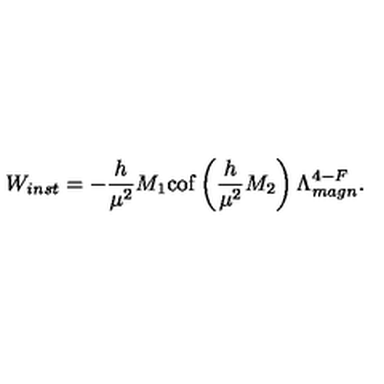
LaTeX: W _ { i n s t } = - \frac { h } { \mu ^ { 2 } } M _ { 1 } \mathrm { c o f } \left( \frac { h } { \mu ^ { 2 } } M _ { 2 } \right) \Lambda _ { m a g n } ^ { 4 - F } .